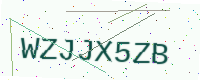
Text: WZJJX5ZB